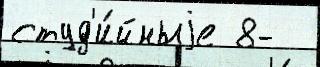
студ'и́йныjе 8-